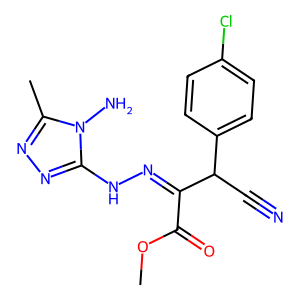
SMILES: COC(=O)C(=NNc1nnc(C)n1N)C(C#N)c1ccc(Cl)cc1
Inhibits HIV replication: No